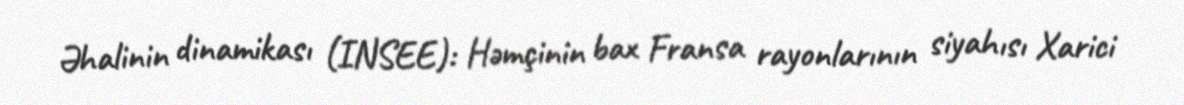
Əhalinin dinamikası (INSEE): Həmçinin bax Fransa rayonlarının siyahısı Xarici